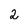
Character: 2